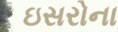
ઇસરોના